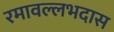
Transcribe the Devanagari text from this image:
रमावल्लभदास